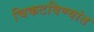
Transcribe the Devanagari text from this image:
चिकटविण्यांत